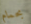
بحمام